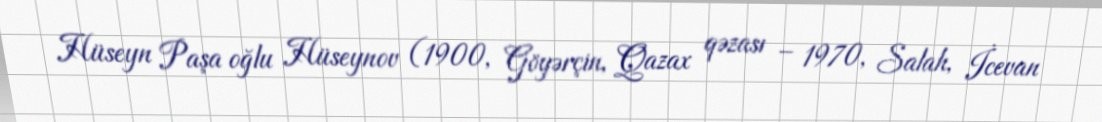
Hüseyn Paşa oğlu Hüseynov (1900, Göyərçin, Qazax qəzası – 1970, Salah, İcevan